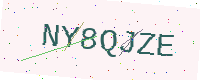
Text: NY8QJZE